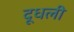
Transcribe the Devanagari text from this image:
दूधली